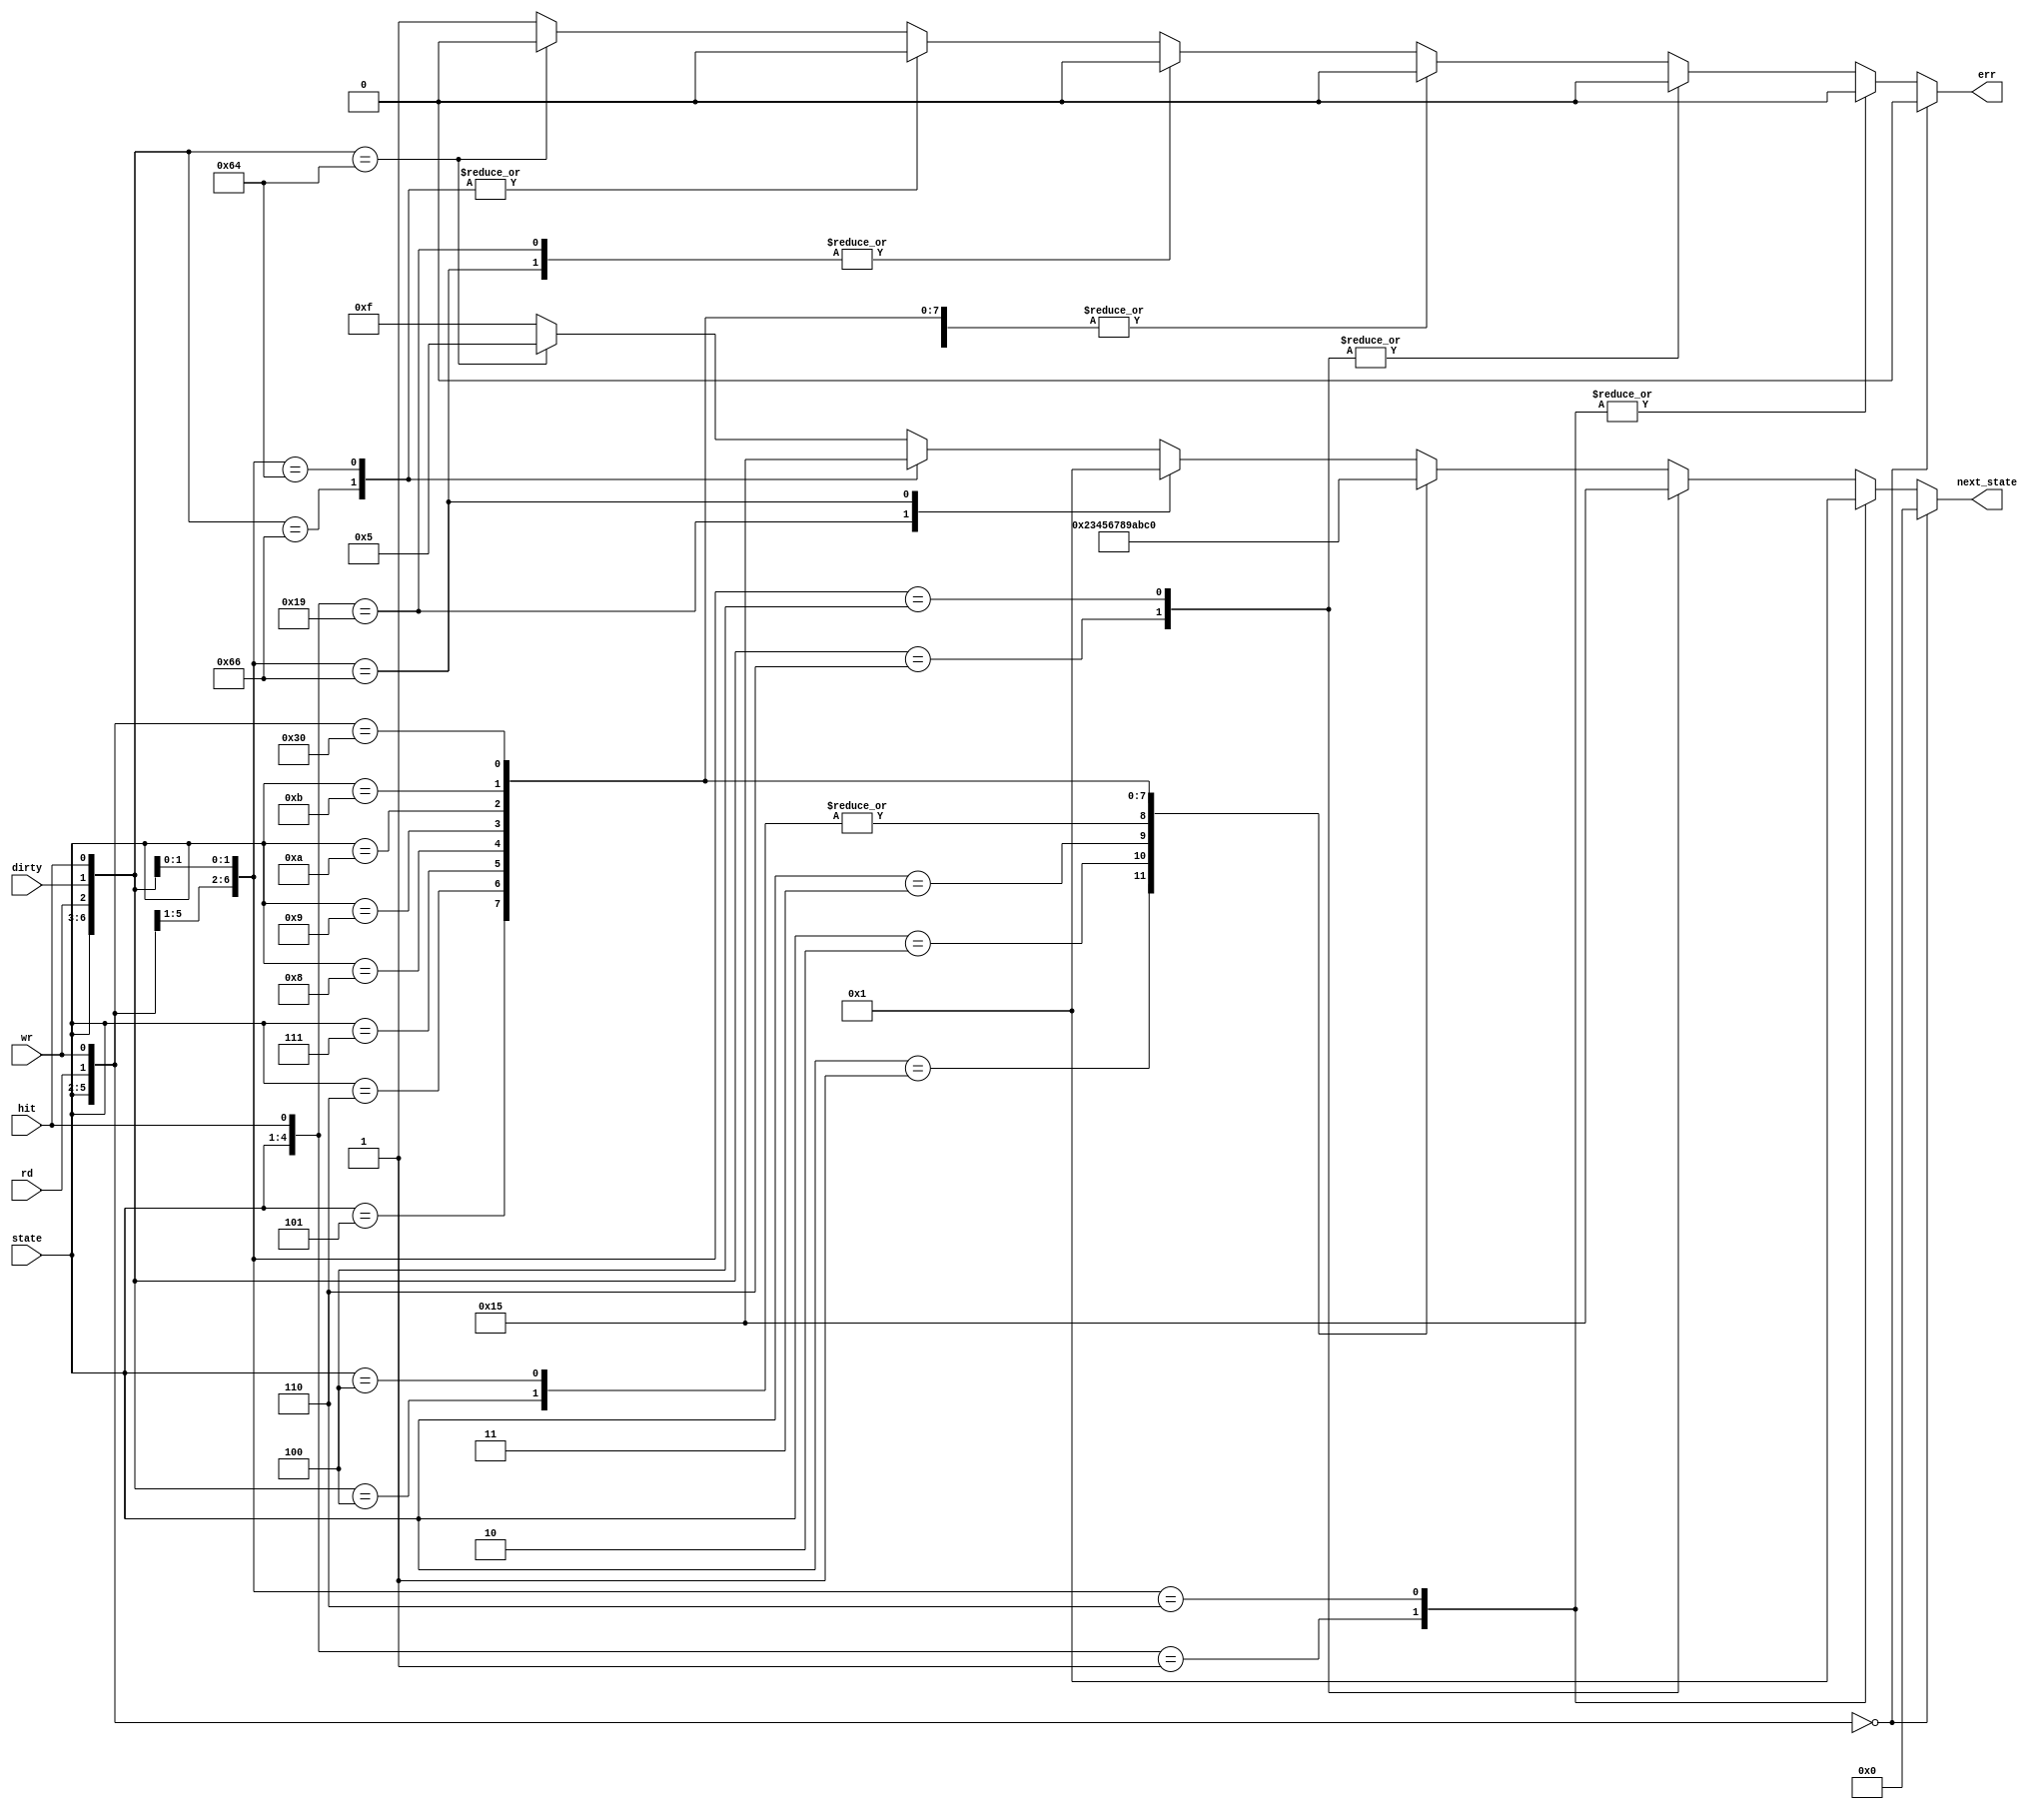
module mem_next_state(//Inputs
                 rd, wr, hit, dirty, state,
                 //Outputs
                 err,next_state
                );

  input rd, wr;
  input hit, dirty;
  input [3:0] state;

  output reg err;
  output reg [3:0] next_state;
  
  always @(*)
    begin
      //Defaults
      err <= 1'b0;
      next_state <= 4'b0000;

      casex({state, rd, wr, dirty, hit})
        //STATE 0
        //if no read or write, stay in this state
        8'b0000_0_0_x_x:
          begin
            next_state <= 4'b0000;
          end
        //if hit, stay in this state
        8'b0000_x_x_x_1:
          begin
            next_state <= 4'b0000;
          end

        //if read and dirty and not hit
        8'b0000_1_x_1_0:
          begin
            next_state <= 4'b0001;
          end
        //if write and dirty and not hit
        8'b0000_x_1_1_0:
          begin
            next_state <= 4'b0001;
          end

        //if read and not dirty and not hit
        8'b0000_1_x_0_0:
          begin
            next_state <= 4'b0101;
          end
        //if write and not dirty and not hit
        8'b0000_x_1_0_0:
          begin
            next_state <= 4'b0101;
          end
        //END State 0
        
        //Mem wr 4 cycle
        8'b0001_x_x_x_x:
          begin
            next_state <= 4'b0010;
          end
        8'b0010_x_x_x_x:
          begin
            next_state <= 4'b0011;
          end
        8'b0011_x_x_x_x:
          begin
            next_state <= 4'b0100;
          end
        8'b0100_x_x_x_x:
          begin
            next_state <= 4'b0101;
          end
        //END Mem wr 4 cycle
        //Mem rd 4 cycle
        8'b0101_x_x_x_x:
          begin
            next_state <= 4'b0110;
          end
        8'b0110_x_x_x_x:
          begin
            next_state <= 4'b0111;
          end
        8'b0111_x_x_x_x:
          begin
            next_state <= 4'b1000;
          end
        8'b1000_x_x_x_x:
          begin
            next_state <= 4'b1001;
          end
        //END mem rd 4 cycle
        8'b1001_x_x_x_x:
          begin
            next_state <= 4'b1010;
          end
        8'b1010_x_x_x_x:
          begin
            next_state <= 4'b1011;
          end
        8'b1011_x_x_x_x:
          begin
            next_state <= 4'b1100;
          end
        //Last state - nothing
        8'b1100_0_0_x_x:
          begin
            next_state <= 4'b0000;
          end
        //Last state - hit
        8'b1100_x_x_x_1:
          begin
            next_state <= 4'b0000;
          end
        
        //Last state - read, dirty, not hit
        8'b1100_1_x_1_0:
          begin
            next_state <= 4'b0001;
          end
        //Last state - write, dirty, not hit
        8'b1100_x_1_1_0:
          begin
            next_state <= 4'b0001;
          end

        //Last state - read, not dirty, not hit
        8'b1100_1_x_0_0:
          begin
            next_state <= 4'b0101;
          end
        //Last state - write, not dirty, not hit
        8'b1100_x_1_0_0:
          begin
            next_state <= 4'b0101;
          end
          
        default:
          begin
            err <= 1'b1;
            next_state <= 4'b1111;
          end
      endcase
    end
endmodule